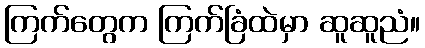
ကြက်တွေက ကြက်ခြံထဲမှာ ဆူဆူညံ။